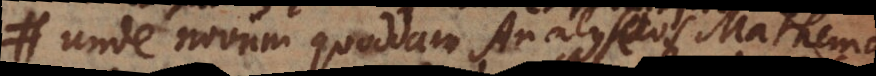
Unde novum quoddam Analyseos Mathematicae